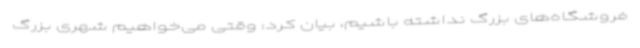
فروشگاه‌های بزرگ نداشته باشیم، بیان کرد: وقتی می‌خواهیم شهری بزرگ